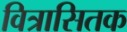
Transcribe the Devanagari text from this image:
वित्रासितक